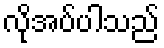
လိုအပ်ပါသည်